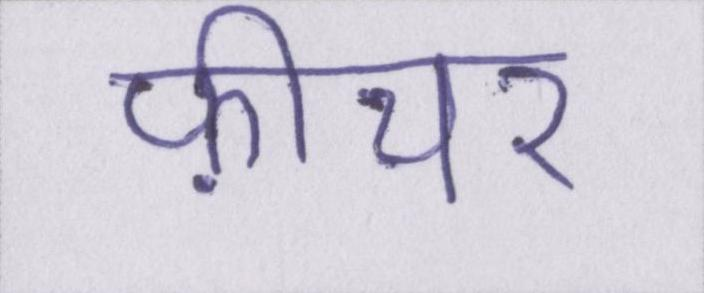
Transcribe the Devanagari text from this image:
फ़ीचर